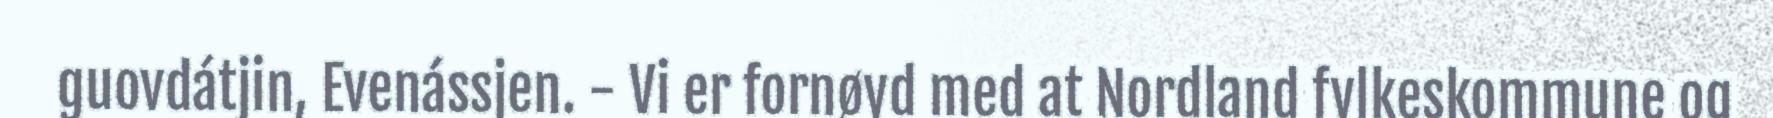
guovdátjin, Evenássjen. - Vi er fornøyd med at Nordland fylkeskommune og